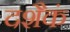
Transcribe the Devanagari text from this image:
दशैकं